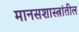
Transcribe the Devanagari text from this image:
मानसशास्त्रांतील